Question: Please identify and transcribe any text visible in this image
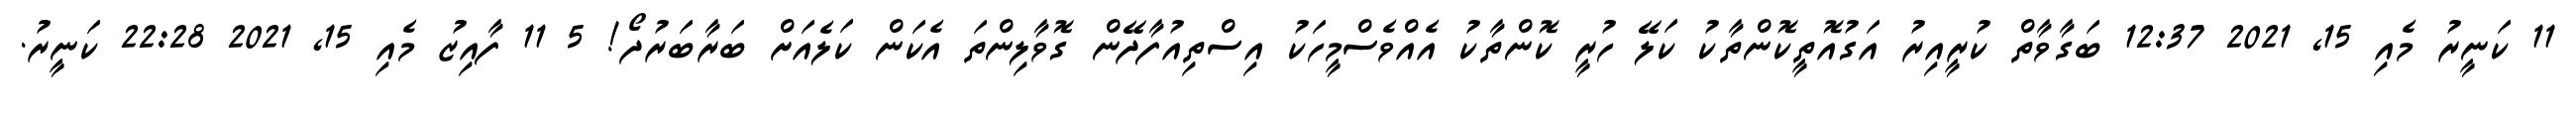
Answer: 11 ކަނީރު މެއި 15, 2021 12:37 ބަގާވާތް ކުރީއިރު އަގުއޮތީކޮންތާކު ކަލޭ ހުރީ ކޮންތާކު އެއްވެސްމީހަކު އިސްތިއުފާދޭން ގޮވާލިންތަ އެކަން ކަލެއަށް ބަރާބަރުދޯ! 5 11 ފާއިޒު މެއި 15, 2021 22:28 ކަނީރު.